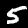
Label: 5